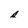
Character: s